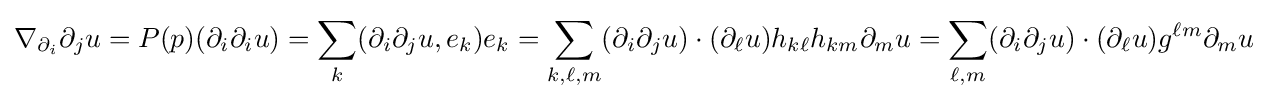
\nabla _{\partial _{i}}\partial _{j}u=P(p)(\partial _{i}\partial _{i}u)=\sum _{k}(\partial _{i}\partial _{j}u,e_{k})e_{k}=\sum _{k,\ell ,m}(\partial _{i}\partial _{j}u)\cdot (\partial _{\ell }u)h_{k\ell }h_{km}\partial _{m}u=\sum _{\ell ,m}(\partial _{i}\partial _{j}u)\cdot (\partial _{\ell }u)g^{\ell m}\partial _{m}u